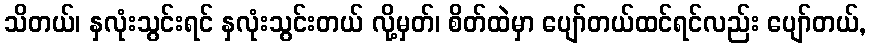
သိတယ်၊ နှလုံးသွင်းရင် နှလုံးသွင်းတယ် လို့မှတ်၊ စိတ်ထဲမှာ ပျော်တယ်ထင်ရင်လည်း ပျော်တယ်,